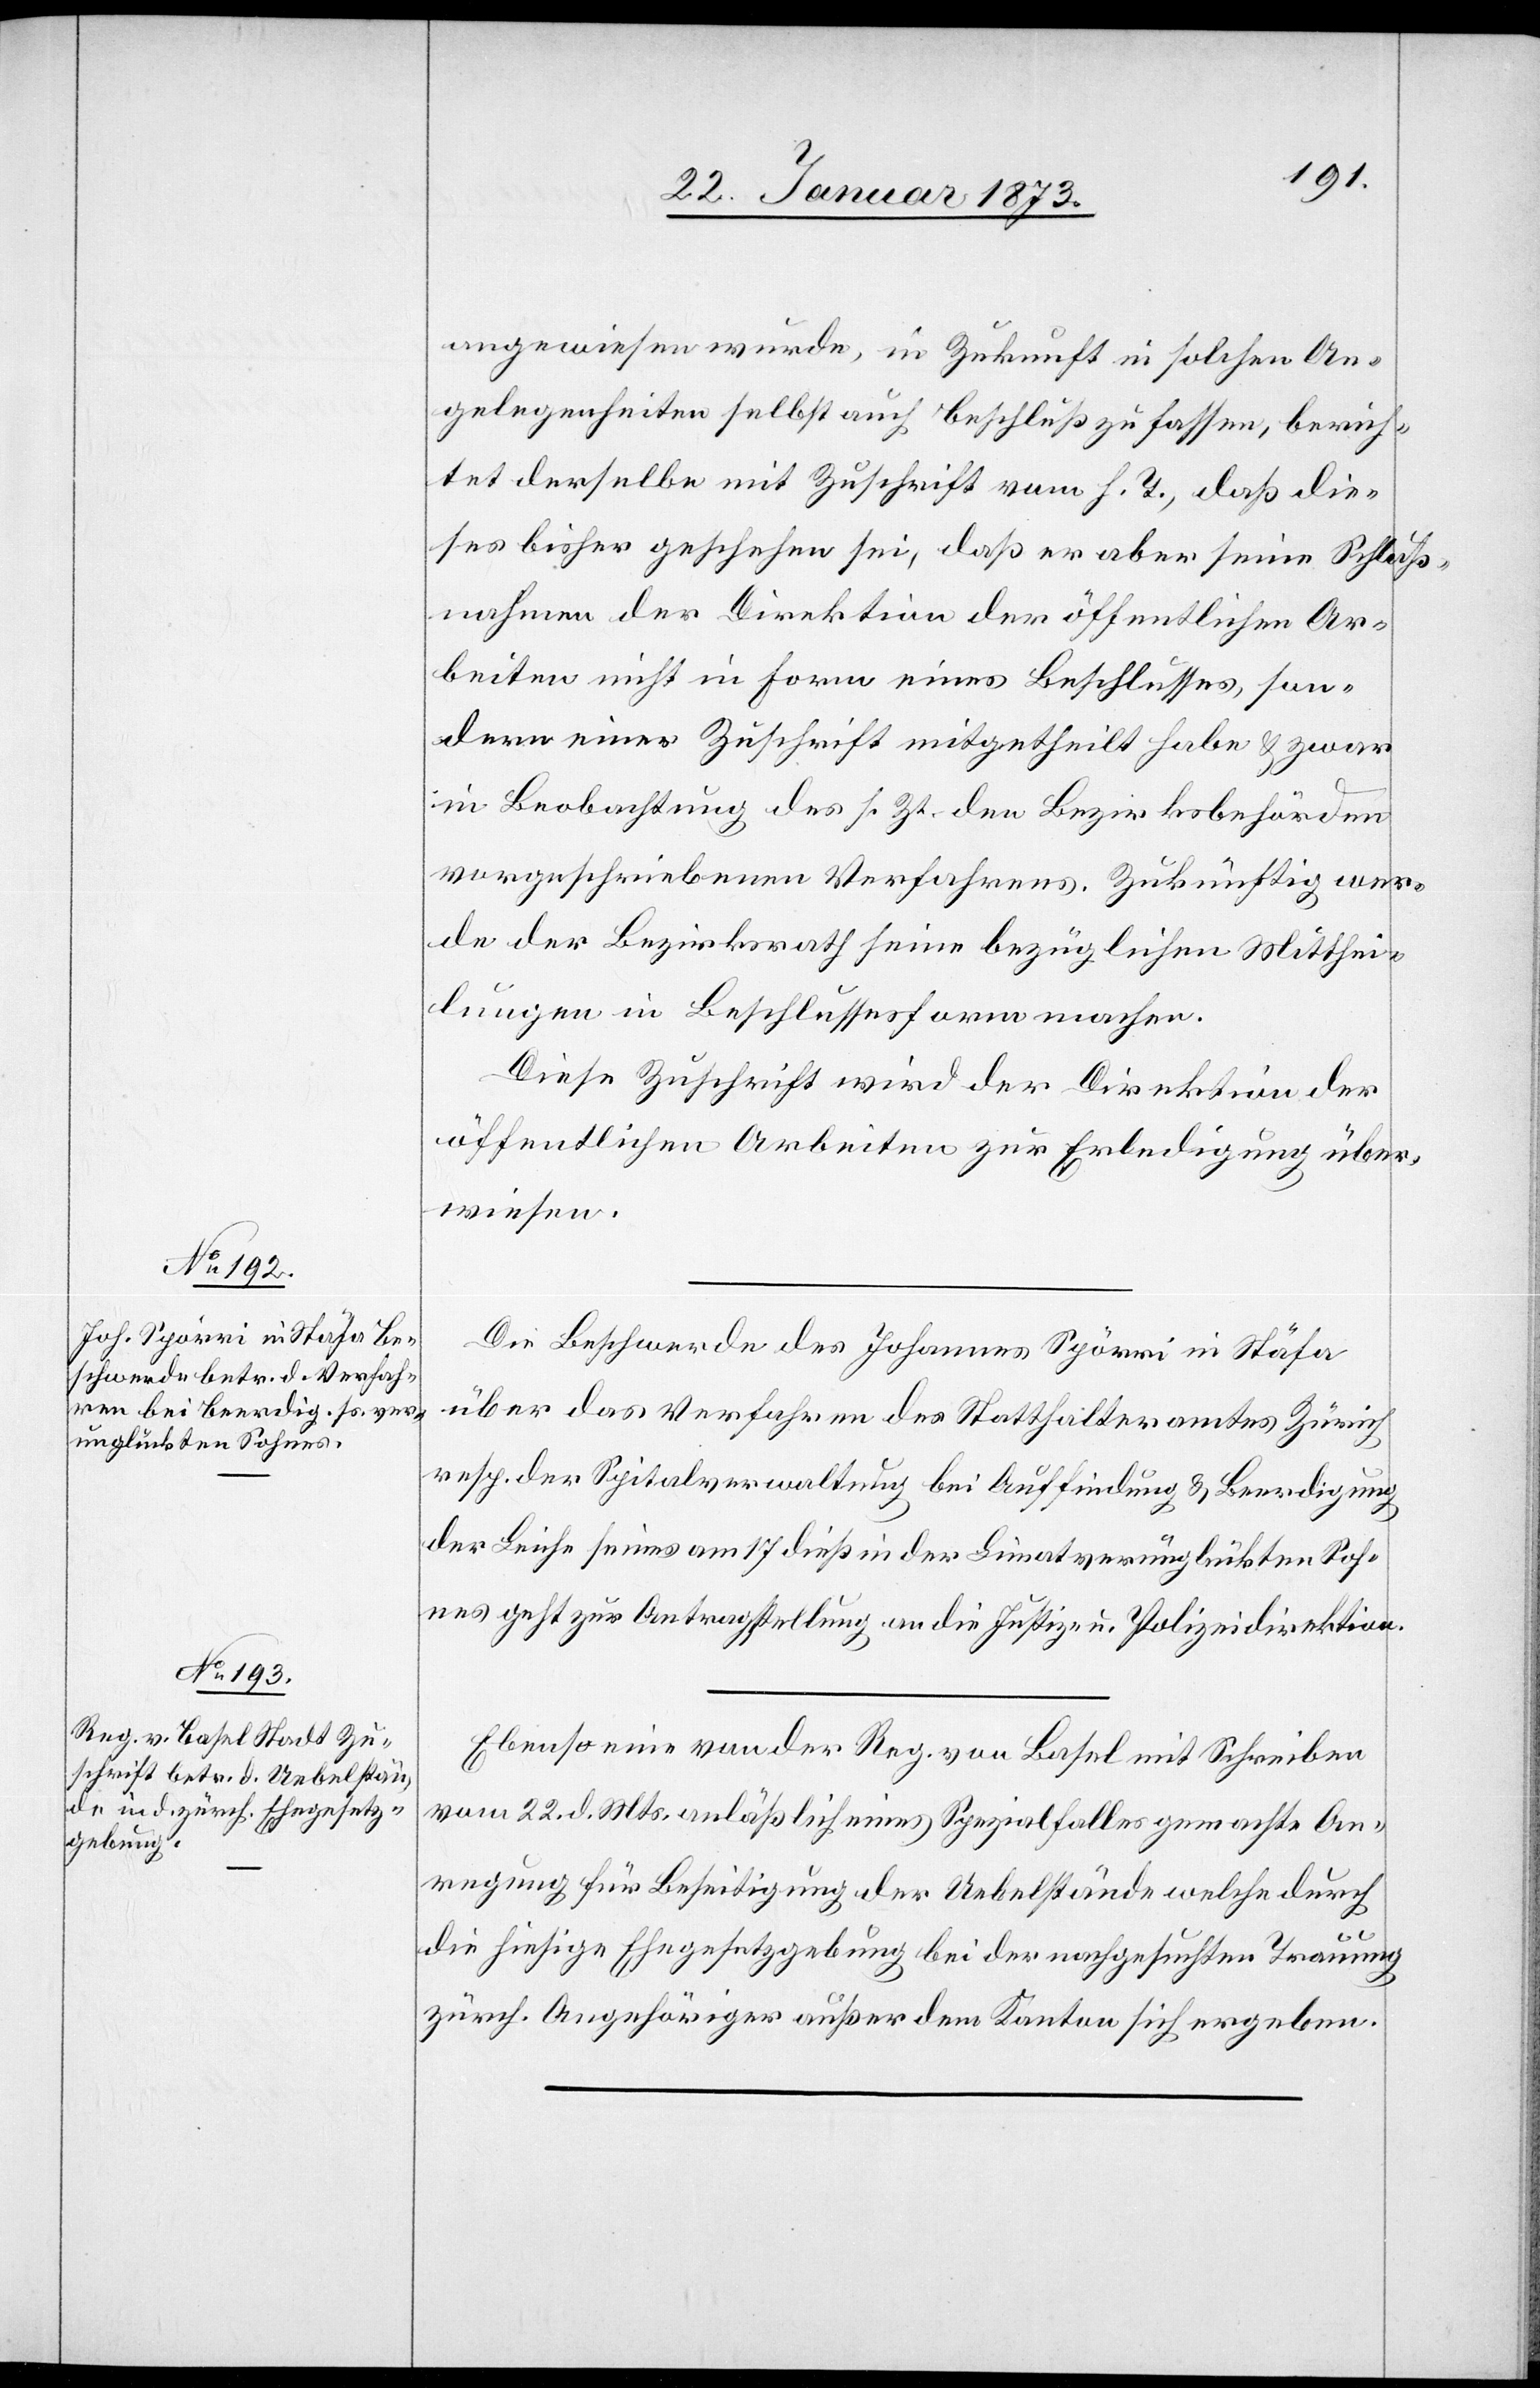
24. Januar 1873.]
angewiesen wurde, in Zukunft in solchen An¬
gelegenheiten selbst auch Beschluß zu fassen, berich¬
tet derselbe mit Zuschrift vom h. T., daß die¬
ses bisher geschehen sei, daß er aber seine Schluß¬
nahmen der Direktion der öffentlichen Ar¬
beiten nicht in Form eines Beschlusses, son¬
dern einer Zuschrift mitgetheilt habe u. zwar
in Beobachtung des sr. Zt. den Bezirksbehörden
vorgeschriebenen Verfahrens. Zukünftig wer¬
de der Bezirksrath seine bezüglichen Mitthei¬
lungen in Beschlussesform machen.
Diese Zuschrift wird der Direktion der
öffentlichen Arbeiten zur Erledigung über¬
wiesen.
Die Beschwerde des Johannes Spörri in Stäfa
über das Verfahren des Statthalteramtes Zürich
resp. der Spitalverwaltung bei Auffindung u. Beerdigung
der Leiche seines am 17. dieß in der Lim[m]at verunglückten Soh¬
nes geht zur Antragstellung an die Justiz- u. Polizeidirektion.
Ebenso eine von der Reg. von Basel mit Schreiben
vom 22. d. Mts. anläßlich eines Spezialfalles gemachte An¬
regung für Beseitigung der Uebelstände welche durch
die hiesige Ehegesetzgebung bei der nachgesuchten Trauung
zürch. Angehöriger außer dem Kanton sich ergeben.